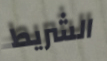
الشريط